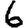
Digit: 6